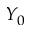
Y _ { 0 }